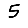
Digit: 5